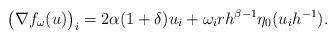
LaTeX: \begin{align*} \big(\nabla f_{\omega}(u)\big)_{i} = 2\alpha (1+\delta)u_{i} + \omega_{i}rh^{\beta-1}\eta_{0}(u_{i}h^{-1}).\end{align*}